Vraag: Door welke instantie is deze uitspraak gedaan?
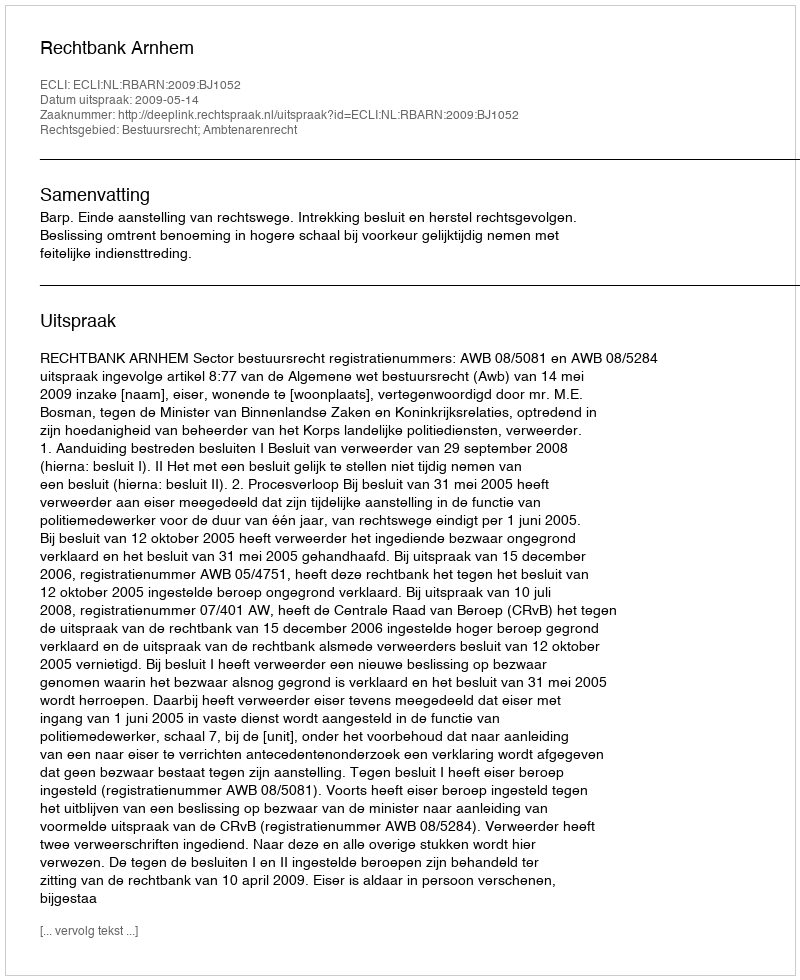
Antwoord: Rechtbank Arnhem